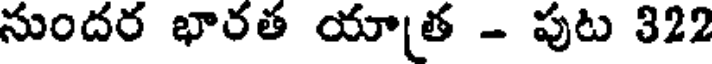
సుందర భారత యాత - పుట 322